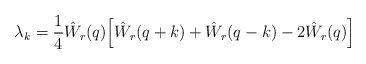
\begin{align*} \lambda_k = \frac 14 \hat W_r(q) \Big[ \hat W_r(q+k) + \hat W_r(q-k) -2 \hat W_r(q)\Big]\end{align*}